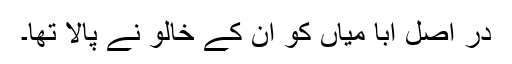
در اصل ابا میاں کو ان کے خالو نے پالا تھا۔